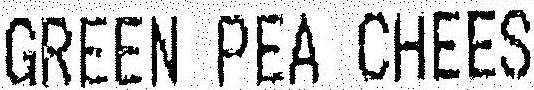
GREEN PEA CHEES